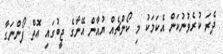
ދެރަ ކުރެވުނުކަން އެކަމަކު މި ކޯންޗެއް ޔުއާން އޭނާގެ ޖީބުގައި އޮތް ފޯންނަގާ